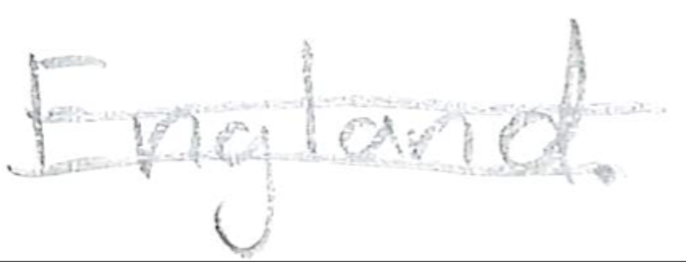
Text: England.
Cross-out: mix
Writing tool: pencil